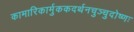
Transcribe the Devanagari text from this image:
कामारिकार्मुककदर्थनचुञ्चुदोष्णः